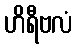
ဟိရီဗလံ